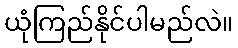
ယုံကြည်နိုင်ပါမည်လဲ။